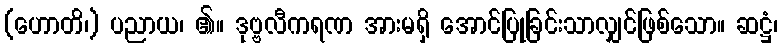
(ဟောတိ၊) ပညာယ၊ ၏။ ဒုဗ္ဗလီကရဏ အားမရှိ အောင်ပြုခြင်းသာလျှင်ဖြစ်သော။ ဆဋ္ဌံ၊